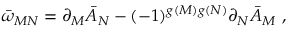
\bar { \omega } _ { M N } = \partial _ { M } \bar { \cal { A } } _ { N } - ( - 1 ) ^ { g ( M ) g ( N ) } \partial _ { N } \bar { \cal { A } } _ { M } \ ,